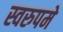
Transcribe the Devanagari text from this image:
स्वरुपमे